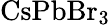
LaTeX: \mathrm{Cs}\mathrm{Pb}{\mathrm{Br}}_{3}